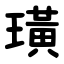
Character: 璜